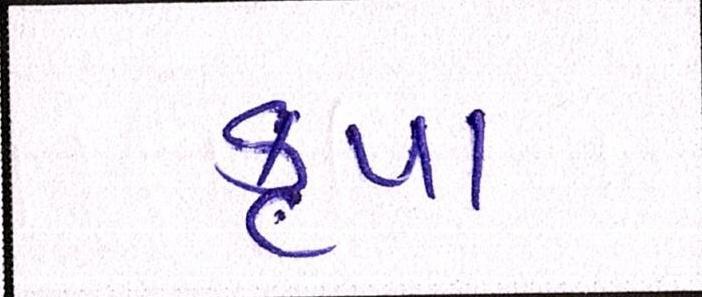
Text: કૃપા